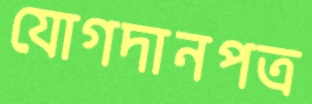
যোগদানপত্র